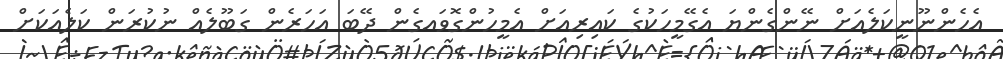
އެހެންނޫނީކަލެއަށް ނޭންގެންޔަ އެގޭމީހަކުގެ ކައިރިއަށް އެމީހުންގޮވައގެން ދޭބަ އަހަރެން ގަބޫލެއް ނުކުރަން ކަލެއަކަށް